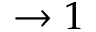
\to 1